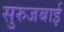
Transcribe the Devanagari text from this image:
सुरुजबाई